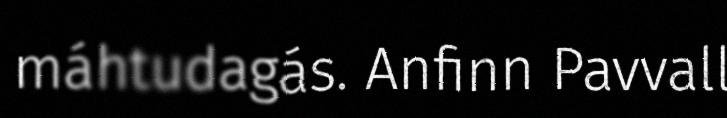
máhtudagás. Anfinn Pavvall